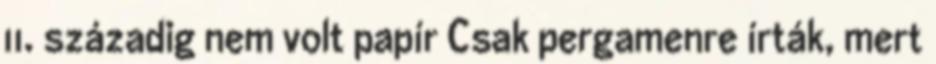
11. századig nem volt papír Csak pergamenre írták, mert